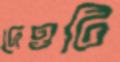
দেওটি